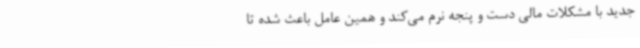
جدید با مشکلات مالی دست و پنجه نرم می‌کند و همین عامل باعث شده تا